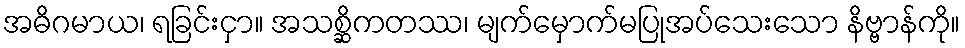
အဓိဂမာယ၊ ရခြင်းငှာ။ အသစ္ဆိကတဿ၊ မျက်မှောက်မပြုအပ်သေးသော နိဗ္ဗာန်ကို။